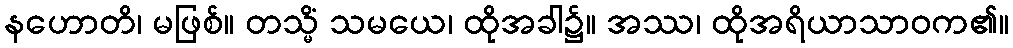
နဟောတိ၊ မဖြစ်။ တသ္မိံ သမယေ၊ ထိုအခါ၌။ အဿ၊ ထိုအရိယာသာဝက၏။